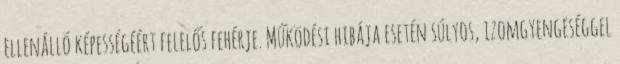
ellenálló képességéért felelős fehérje. Működési hibája esetén súlyos, izomgyengeséggel